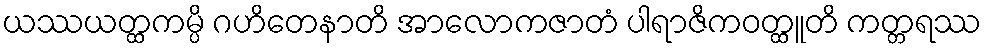
ယဿယတ္ထကမ္ပိ ဂဟိတေနာတိ အာလောကဇာတံ ပါရာဇိကဝတ္ထူတိ ကတ္တရဿ